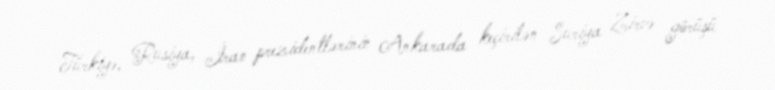
Türkiyə, Rusiya, İran prezidentlərinin Ankarada keçirilən Suriya Zirvə görüşü